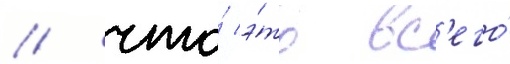
/ что́ э́то вс'его́